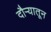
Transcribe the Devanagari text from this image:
दौऱ्यातून